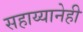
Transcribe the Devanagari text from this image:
सहाय्यानेही